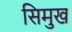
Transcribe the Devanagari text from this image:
सिमुख